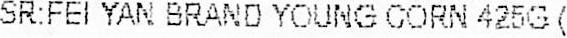
SR:FEI YAN BRAND YOUNG CORN 425G(5